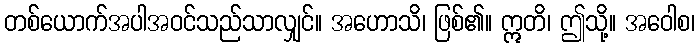
တစ်ယောက်အပါအဝင်သည်သာလျှင်။ အဟောသိ၊ ဖြစ်၏။ ဣတိ၊ ဤသို့။ အဝေါစ၊